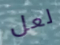
لعل